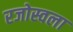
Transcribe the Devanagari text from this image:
रजोस्वला